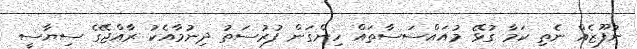
ނުފޫޒެއް ނެތި ކަމާ ގުޅޭ މުއައްސަސާތައް ހިންގަން ފުރުސަތު ދިނުމާއެކު ރާއްޖޭގެ ސިޔާސީ